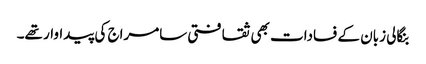
بنگالی زبان کے فسادات بھی ثقافتی سامراج کی پیداوار تھے۔